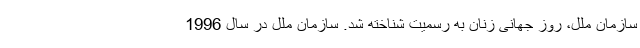
سازمان ملل، روز جهانی زنان به رسمیت شناخته شد. سازمان ملل در سال 1996